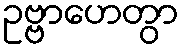
ဥဗ္ဗာဟေတွာ